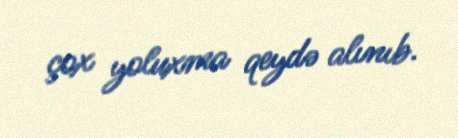
çox yoluxma qeydə alınıb.